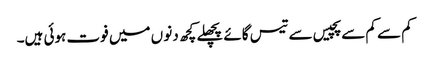
کم سے کم سے پچیس سے تیس گائے پچھلے کچھ دنو ں میں فوت ہوئی ہیں۔